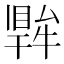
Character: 𤛙